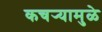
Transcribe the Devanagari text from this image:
कचर्‍यामुळे